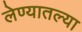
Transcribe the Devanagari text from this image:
लेण्यातल्या